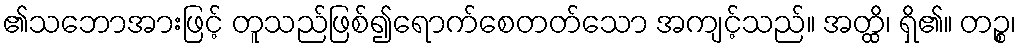
၏သဘောအားဖြင့် တူသည်ဖြစ်၍ရောက်စေတတ်သော အကျင့်သည်။ အတ္ထိ၊ ရှိ၏။ တဉ္စ၊